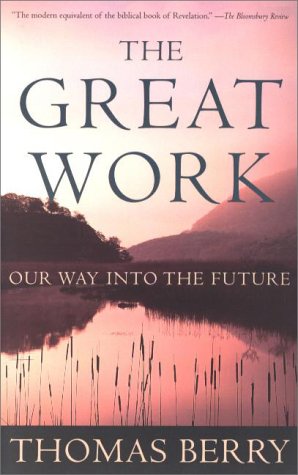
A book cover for The Great Work: Our Way into the Future; Thomas Berry; Religion & Spirituality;